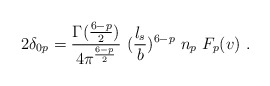
\begin{align*}2\delta_{0p} = {\Gamma({6-p\over 2})\over 4\pi^{6-p\over 2}}~ ({l_s\over b})^{6-p}~n_p~F_p (v)~.\end{align*}